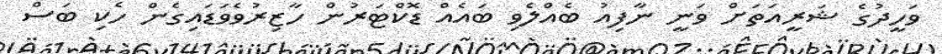
ވަހީދުގެ ޝަރީއަތަށް ވަނީ ނާފިއު ބެއްލެވި ބައެއް ޑޮކްޓަރުން ހާޒިރުވެވަޑައިގެން ހެކި ބަސް